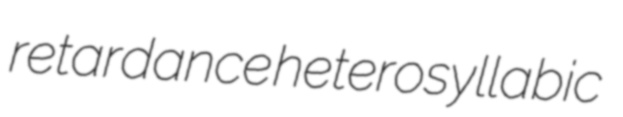
retardance heterosyllabic